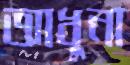
আধুনা